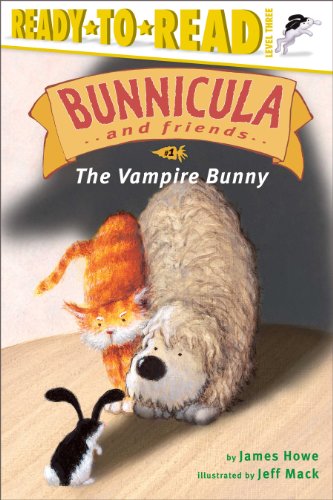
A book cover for The Vampire Bunny (Bunnicula and Friends); James Howe; Children's Books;